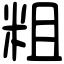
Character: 粗